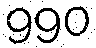
990